Annual report of the Punjab Veterinary College and of the Civil Veterinary Department, Punjab - 1909-1919
Year: 1909
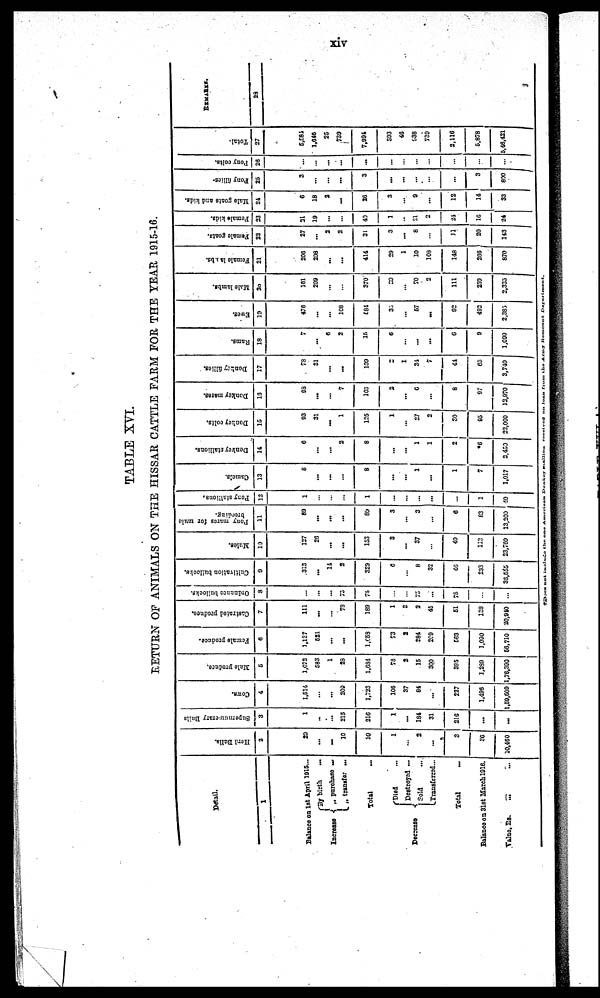
xiv
TABLE XVI.
RETURN OF ANIMALS ON THE HISSAR CATTLE FARM FOR THE YEAR 1915-16.
Detail.
1
Balance on 1st April 1915...
Incresse
By birth ...
purchase ...
transfor ...
Total...
Deezease
Died ...
Destroyed ...
Sold...
Transferred...
Total...
Balance on 31st March. 19l6.
Value, Rs. ... ...
Herd Bulls.
2
20
...
...
10
39
1
...
2
...
3
36
10,460
Supernumerary Buils
3
1
..
...
215
216
1
...
184
31
216
...
...
Cows.
4
1,614
...
...
209
1,723
106
37
84
...
227
1,496
1,59,509
Male produce.
5
1,072
683
1
23
1,684
73
2
15
300
385
1,239
,76,300
Female produce.
6
1,137
621
...
...
1,653
73
2
284
209
663
3,030
66,710
Castrated produce.
7
111
...
...
73
189
1
3
2
45
51
128
20,940
Ordnance bullocks.
8
...
...
75
75
...
...
75
...
75
...
...
Cultivation bullocks.
9
313
...
11
2
329
6
...
8
32
40
283
33,555
Mules.
10
127
26
...
...
153
3
...
37
...
40
113
23,760
Pony mares for mule
breeding.
11
89
...
...
...
89
3
...
3
...
6
83
13,200
Pony stallions.
12
1
...
...
...
1
...
...
...
...
...
3
40
Camels.
13
8
...
...
...
8
...
...
1
...
1
7
1,017
Donkey etallions.
14
6
...
...
2
8
...
...
1
1
2
6
2,450
Donkey colts.
15
93
31
...
1
125
1
...
27
2
30
95
22,000
Donkey mares.
13
93
...
...
7
105
2
...
6
...
8
97
12,970
Donkey fillies.
17
73
31
...
...
109
2
1
34
7
41
65
3,740
Rams.
18
7
...
6
2
35
6
...
...
...
6
9
1,090
Ewes.
19
476
...
...
108
681
30
...
67
...
92
492
2,385
Male lambs.
20
161
209
...
...
370
90
...
70
2
111
259
2,335
Female la.i.bs.
21
206
208
...
...
414
29
1
10
108
148
266
870
Female goats.
22
27
...
2
2
31
3
...
8
...
31
20
143
Female kids.
23
31
19
...
...
40
3
...
21
2
24
16
24
Male goats and kids.
21
6
18
2
...
26
3
...
9
...
12
14
33
Pony fillies.
25
3
...
...
...
3
...
...
...
...
...
3
890
Pony colts.
26
...
...
...
...
...
...
...
...
...
...
...
...
Total.
27
5,581
1,616
25
739
7,991
393
46
938
739
2,116
5,878
5,48,421
REMARKS.
28
Does not includo the and Amarican Dookoy
stallion
received on loan from
the
Army
Remount
Department.